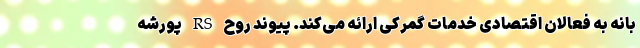
بانه به فعالان اقتصادی خدمات گمرکی ارائه می‌کند. پیوند روح RS پورشه